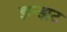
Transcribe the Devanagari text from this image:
झन्झट